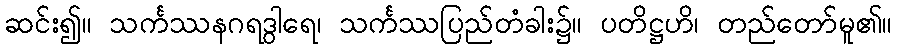
ဆင်း၍။ သင်္ကဿနဂရဒွါရေ၊ သင်္ကဿပြည်တံခါး၌။ ပတိဋ္ဌဟိ၊ တည်တော်မူ၏။